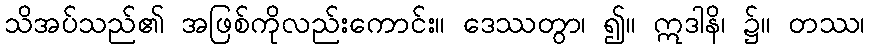
သိအပ်သည်၏ အဖြစ်ကိုလည်းကောင်း။ ဒေဿတွာ၊ ၍။ ဣဒါနိ၊ ၌။ တဿ၊